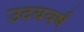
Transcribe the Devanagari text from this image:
उदयवर्ष